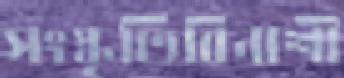
সংস্কৃতিবিনাশী